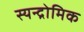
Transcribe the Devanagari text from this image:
स्यन्द्रोमिक